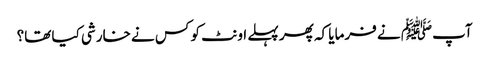
آپﷺ نے فرمایا کہ پھر پہلے اونٹ کو کس نے خارشی کیا تھا؟